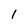
Character: l